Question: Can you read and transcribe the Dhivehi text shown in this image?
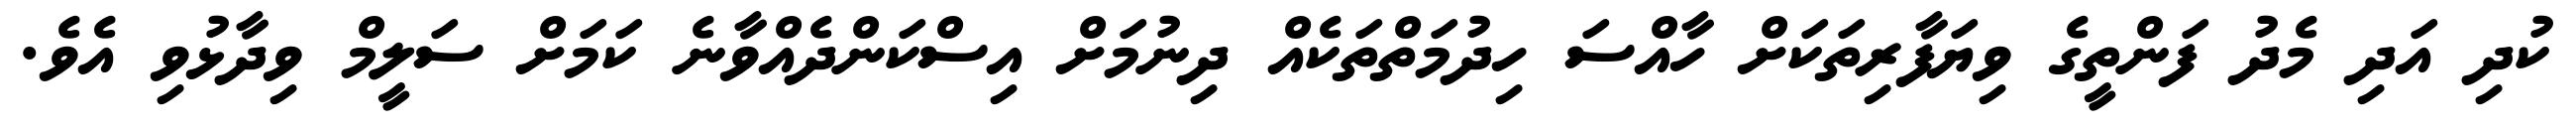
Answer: ކުދި އަދި މެދު ފަންތީގެ ވިޔަފާރިތަކަށް ހާއްސަ ހިދުމަތްތަކެއް ދިނުމަށް އިސްކަންދެއްވާނެ ކަމަށް ސަލީމް ވިދާޅުވި އެވެ.